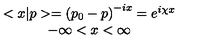
\begin{array} { c } { < x | p > = \left( p _ { 0 } - p \right) ^ { - i x } = e ^ { i \chi x } } \\ { - \infty < x < \infty } \\ \end{array}